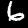
Digit: 6